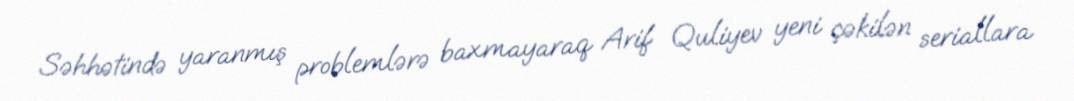
Səhhətində yaranmış problemlərə baxmayaraq Arif Quliyev yeni çəkilən seriallara